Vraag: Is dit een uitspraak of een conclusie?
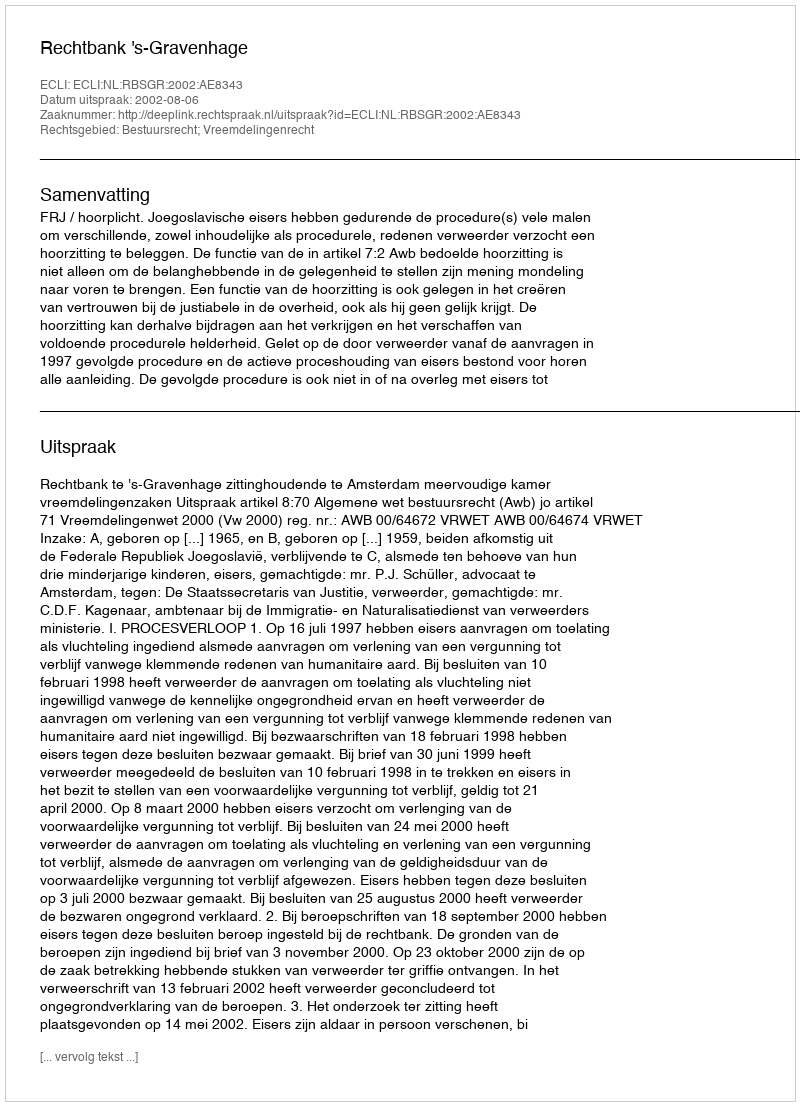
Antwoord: Uitspraak